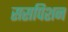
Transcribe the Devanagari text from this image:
ससपिशन